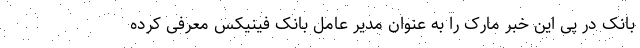
بانک در پی این خبر مارک را به عنوان مدیر عامل بانک فینیکس معرفی کرده